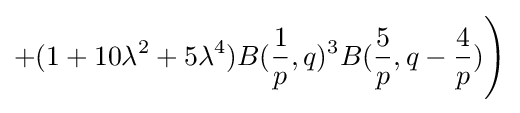
+(1+10\lambda ^{2}+5\lambda ^{4})B({\frac {1}{p}},q)^{3}B({\frac {5}{p}},q-{\frac {4}{p}}){\Bigg )}